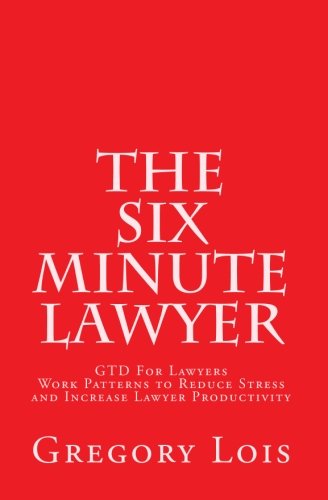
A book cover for The Six Minute Lawyer: GTD For Lawyers - Work Patterns to Reduce Stress and Increase Lawyer Productivity; Gregory Lois; Law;